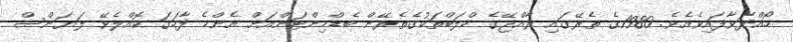
ހޯއްދަވާފައިވެއެވެ. 1980ގެ ތެރޭގައި ރާއްޖޭގެ ކްލަބްތަކުގެތެރޭން ބެޑްމިންޓަންއަށް އެންމެ ފާހަގަ ކޮއްލެވޭ ލަޔަންސް